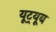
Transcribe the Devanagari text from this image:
यूट़्यूब